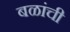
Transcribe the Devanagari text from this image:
बळांची